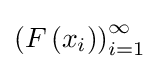
\left(F\left(x_{i}\right)\right)_{i=1}^{\infty }